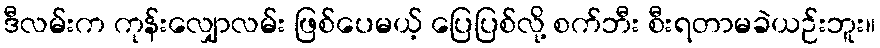
ဒီလမ်းက ကုန်းလျှောလမ်း ဖြစ်ပေမယ့် ပြေပြစ်လို့ စက်ဘီး စီးရတာမခဲယဉ်းဘူး။